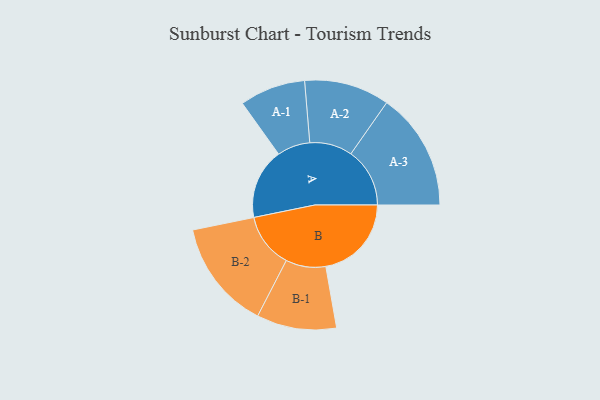
{"axis": {"x": "Segment", "y": "Value"}, "legend": ["", "A", "B"], "data": [{"x": "A", "y": 343, "type": ""}, {"x": "B", "y": 416, "type": ""}, {"x": "A-1", "y": 160, "type": "A"}, {"x": "A-2", "y": 207, "type": "A"}, {"x": "A-3", "y": 286, "type": "A"}, {"x": "B-1", "y": 194, "type": "B"}, {"x": "B-2", "y": 266, "type": "B"}]}